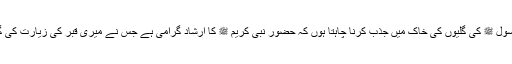
میں تو ان آنسوئوں کو شہر رسول ﷺ کی گلیوں کی خاک میں جذب کرنا چاہتا ہوں کہ حضور نبی کریم ﷺ کا ارشاد گرامی ہے جس نے میری قبر کی زیارت کی گویا اس مجھے زندہ دیکھ لیا۔